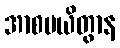
အာစမယိတွာန